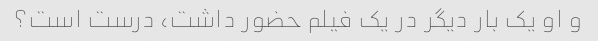
و او یک بار دیگر در یک فیلم حضور داشت، درست است؟